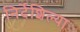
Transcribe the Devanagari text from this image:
निर्देशिल्या